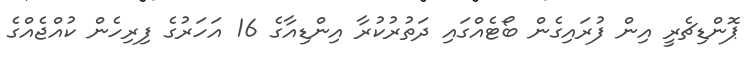
ޕޮންޑިޗެރީ އިން ފުރައިގެން ބޯޓެއްގައި ދަތުރުކުރާ އިންޑިއާގެ 16 އަހަރުގެ ފިރިހެން ކުއްޖެއްގެ